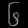
Digit: ၆